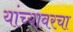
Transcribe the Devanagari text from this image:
यांच्यावरचा